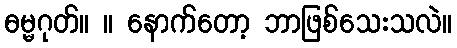
ဓမ္မဂုတ်။ ။ နောက်တော့ ဘာဖြစ်သေးသလဲ။